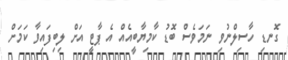
ގޮނޑި ހާސިލްނުވި ނަމަވެސް ބޮޑު ކާމިޔާބީއެއް އެ ޕާޓީ އަށް ލިބިފައިވާ ކަމަށް